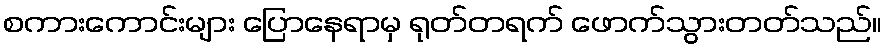
စကားကောင်းများ ပြောနေရာမှ ရုတ်တရက် ဖောက်သွားတတ်သည်။